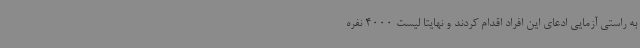
به راستی آزمایی ادعای این افراد اقدام کردند و نهایتاً لیست 4000 نفره